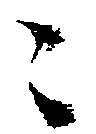
々